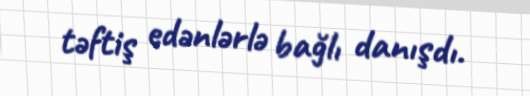
təftiş edənlərlə bağlı danışdı.